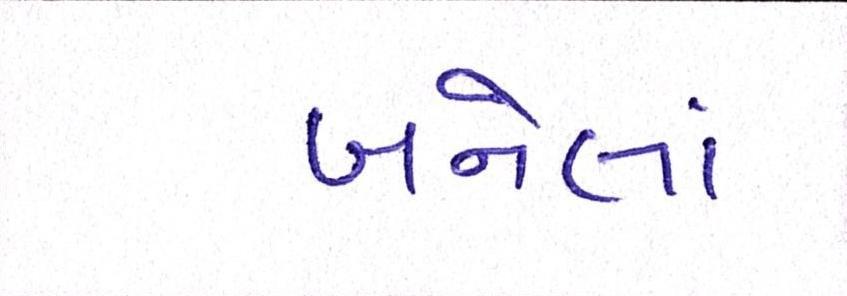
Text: બનેલાં